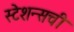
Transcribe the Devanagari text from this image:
स्टेशन्सची